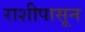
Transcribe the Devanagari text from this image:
राशीपासून